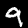
Digit: 9